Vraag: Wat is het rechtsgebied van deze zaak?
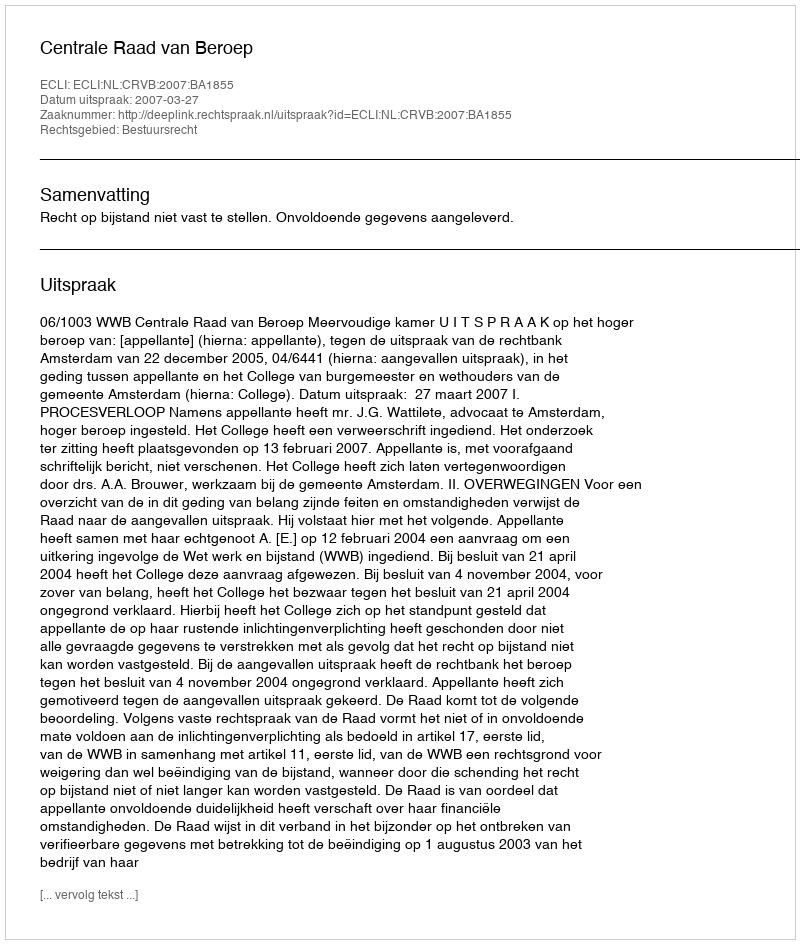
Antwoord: Bestuursrecht